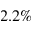
2 . 2 \%